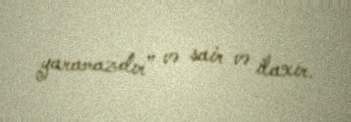
yaramazdır” və sair və ilaxır.